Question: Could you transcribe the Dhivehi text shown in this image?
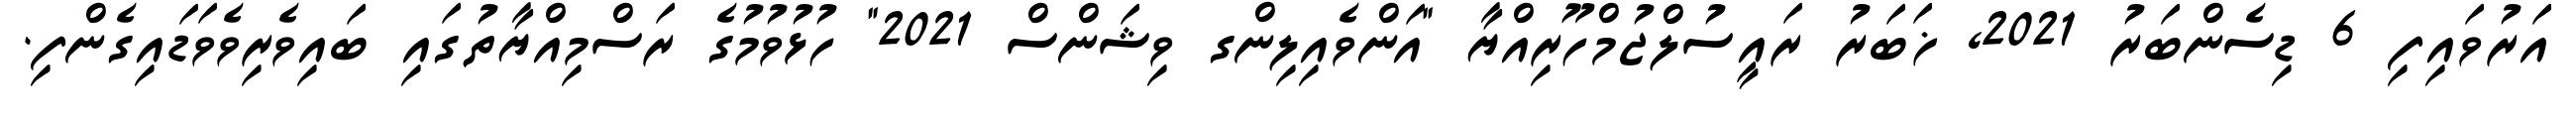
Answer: އަރުވައިފި 6 ޑިސެންބަރު 2021, ޚަބަރު ރައީސުލްޖުމްހޫރިއްޔާ "އަންވެއިލިންގ ވިޝަންސް 2021" ހުޅުވުމުގެ ރަސްމިއްޔާތުގައި ބައިވެރިވެވަޑައިގެންފި.